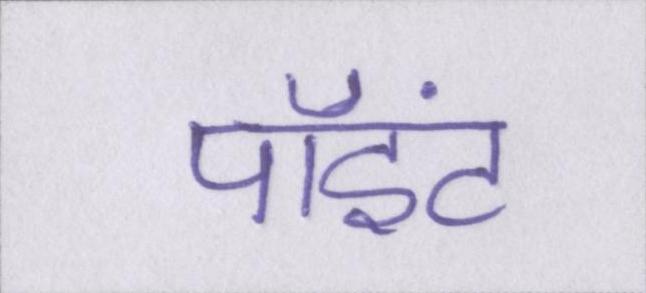
पॉइंट